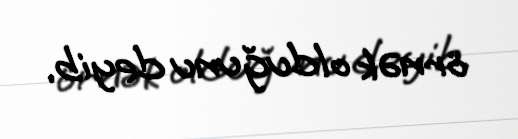
örnək olduğunu deyib.